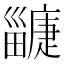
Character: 𤳲